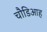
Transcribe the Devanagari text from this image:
चौडिआह